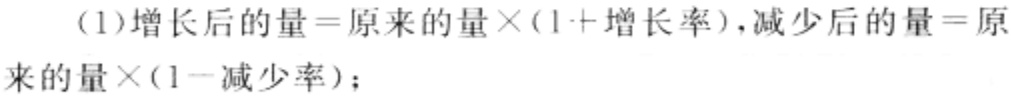
（1）增长后的量=原来的量×(1 + 增长率)，减少后的量=原来的量×(1 - 减少率)；